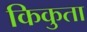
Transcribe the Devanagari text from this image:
किकुता